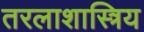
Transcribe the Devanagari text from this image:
तरलाशास्त्रिय